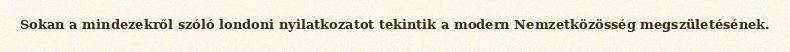
Sokan a mindezekről szóló londoni nyilatkozatot tekintik a modern Nemzetközösség megszületésének.